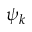
\psi _ { k }